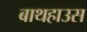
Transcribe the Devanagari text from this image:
बाथहाउस